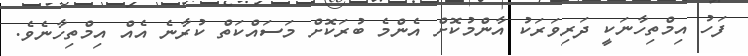
ފަހު އިމްތިހާނަކީ ދަރިވަރަކު އާންމުކޮށް އެންމެ ބުރަކޮށް މަސައްކަތް ކުރާނެ އެއް އިމްތިހާނެވެ.